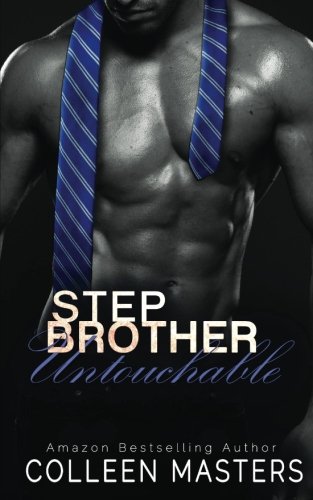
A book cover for Stepbrother Untouchable; Colleen Masters; Romance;